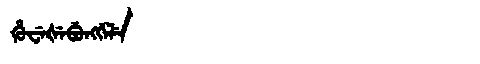
Manchu: ᡥᡠᠸᡝᡧᡝᠪᡠᠩᡤᡝᠯᡝ
Romanization: HUWEŠEBUNGGELE